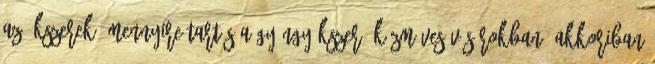
az ékszerek? Mennyire tartós a gyöngyékszer? Kézműves vásárokban, akkoriban